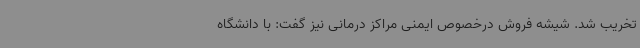
تخریب شد. شیشه فروش درخصوص ایمنی مراکز درمانی نیز گفت: با دانشگاه